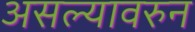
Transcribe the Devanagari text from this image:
असल्यावरुन